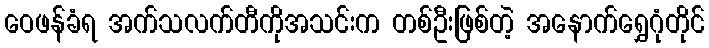
ဝေဖန်ခံရ အက်သလက်တီကိုအသင်းက တစ်ဦးဖြစ်တဲ့ အနောက်ရွှေဂုံတိုင်